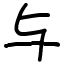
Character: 与